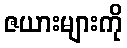
ဇယားများကို